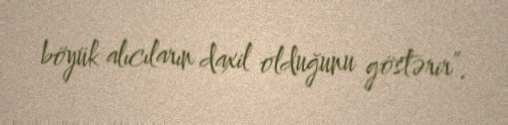
böyük alıcıların daxil olduğunu göstərir”.